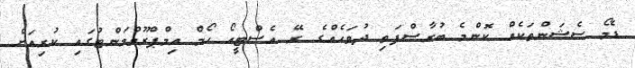
ޑެމޯ ސެޝަންތަކެއް ކޮންމެ ބުރާސްފަތި ދުވަހެއްގެ ރޭ އެސްޓީއޯ ހޯމް އިމްޕްރޫވްމަންޓުގައި ކުރިއަށް